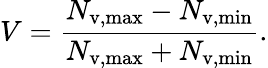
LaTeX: V=\frac{N_{\mathrm{v,max}}-N_{\mathrm{v,min}}}{N_{\mathrm{v,max}}+N_{\mathrm{v,min}}}.